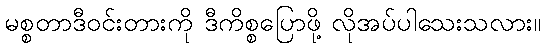
မစ္စတာဒီဝင်းတားကို ဒီကိစ္စပြောဖို့ လိုအပ်ပါသေးသလား။